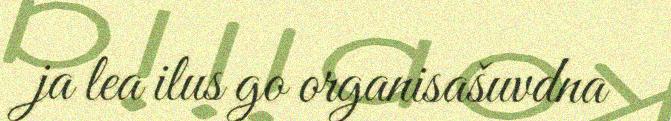
ja lea ilus go organisašuvdna